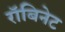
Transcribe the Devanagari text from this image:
रॉबिनेट